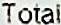
TOTAL